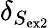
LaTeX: \delta_{S_{\mathrm{ex2}}}